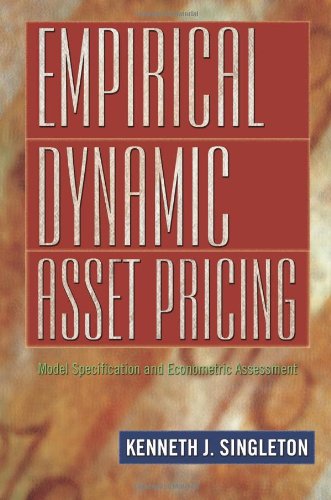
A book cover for Empirical Dynamic Asset Pricing: Model Specification and Econometric Assessment; Kenneth J. Singleton; Business & Money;